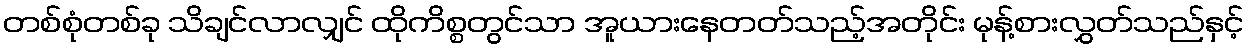
တစ်စုံတစ်ခု သိချင်လာလျှင် ထိုကိစ္စတွင်သာ အူယားနေတတ်သည့်အတိုင်း မုန့်စားလွှတ်သည်နှင့်